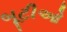
બૂટીઓ